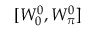
[ W _ { 0 } ^ { 0 } , W _ { \pi } ^ { 0 } ]